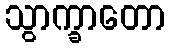
သွာက္ခာတော